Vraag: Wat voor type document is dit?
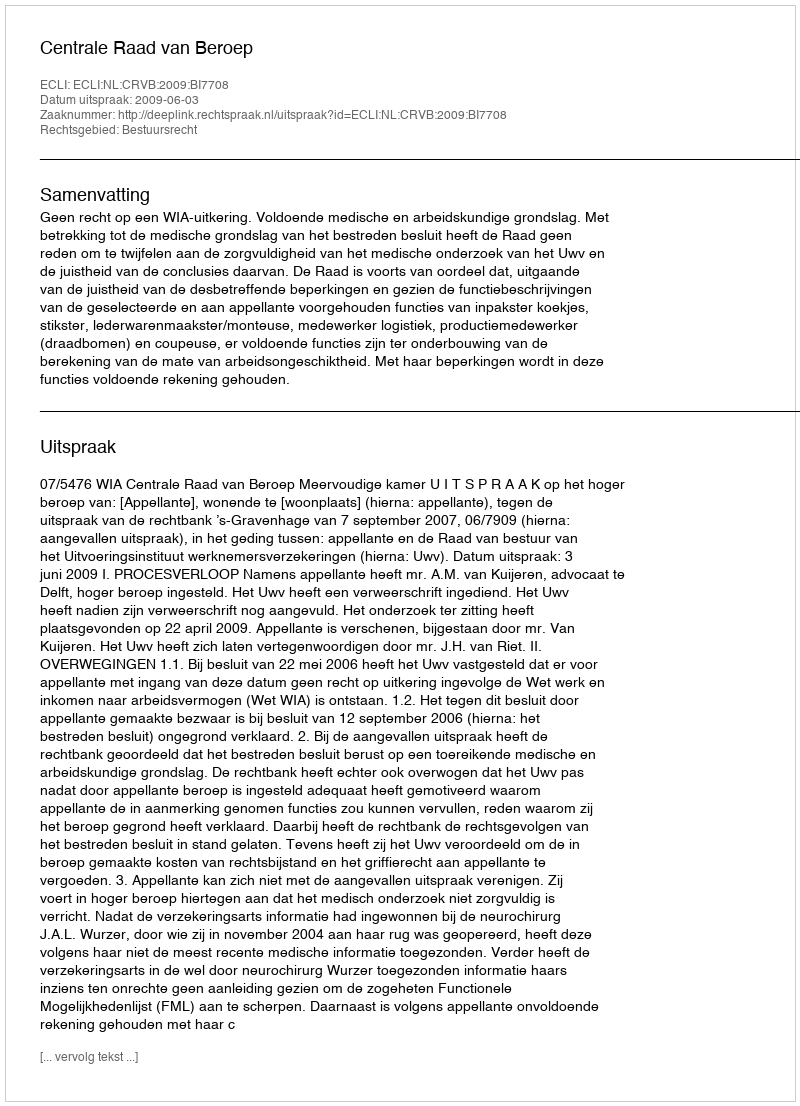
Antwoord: Uitspraak